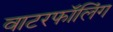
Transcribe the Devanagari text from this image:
वाटरफॉलिंग